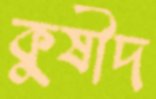
কুষীদ